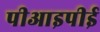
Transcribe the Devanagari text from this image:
पीआइपीई